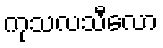
ကုသလသီလော